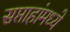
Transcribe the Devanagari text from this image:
सप्ताहांमध्ये